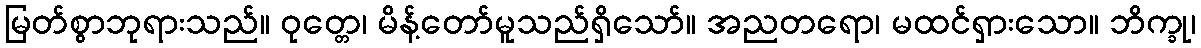
မြတ်စွာဘုရားသည်။ ဝုတ္တေ၊ မိန့်တော်မူသည်ရှိသော်။ အညတရော၊ မထင်ရှားသော။ ဘိက္ခု၊